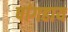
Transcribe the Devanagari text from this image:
षांगहाय